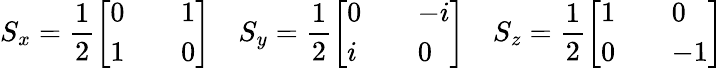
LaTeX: S_{x}=\frac{1}{2}\left[\begin{array}{lll}{0}&{}&{1}\\ {1}&{}&{0}\end{array}\right]\quad S_{y}=\frac{1}{2}\left[\begin{array}{lll}{0}&{}&{-i}\\ {i}&{}&{0}\end{array}\right]\quad S_{z}=\frac{1}{2}\left[\begin{array}{lll}{1}&{}&{0}\\ {0}&{}&{-1}\end{array}\right]